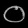
Digit: ၀